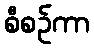
စီစဉ်ကာ